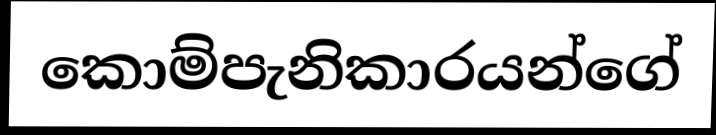
කොම්පැනිකාරයන්ගේ